Vaccination in Bombay 1863-1868 - 1863-1868
Year: 1863
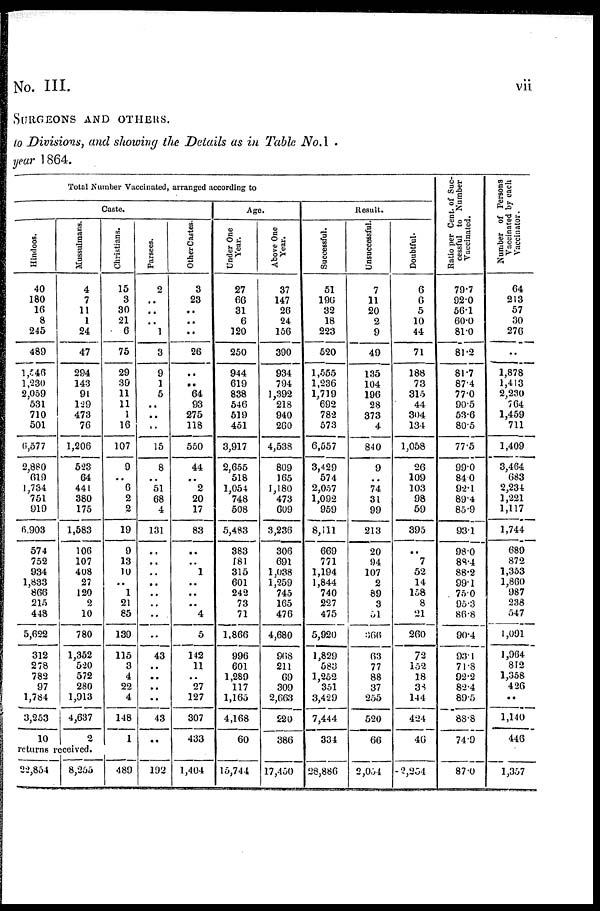
vii
No. III.
SURGEONS AND OTHERS.
to Divisions, and showing the Details as in Table No. 1 .
year 1864.
Total Number Vaccinated, arranged according to
Caste.
Hindoos.
40
180
16
8
245
489
1,546
1,230
2,059
531
710
501
6,577
2,880
619
1,734
751
919
6,903
574
752
934
1,833
866
215
448
5,622
312
278
782
97
1,784
3,253
10
Mussulmans.
4
7
11
1
24
47
294
143
91
129
473
76
1,206
523
64
441
380
175
1,583
106
107
408
27
120
2
10
780
1,352
520
572
280
1,913
4,637
2
returns received.
22,854
8,255
Christians.
15
3
30
21
6
75
29
39
11
11
1
16
107
9
..
6
2
2
19
9
13
10
..
1
21
85
139
115
3
4
22
4
148
1
489
Parsees.
2
..
..
..
1
3
9
1
5
..
..
..
15
8
..
51
68
4
131
..
..
..
..
..
..
..
..
43
..
..
..
..
43
..
192
Other Castes.
3
23
..
..
..
26
..
..
64
93
275
118
550
44
..
2
20
17
83
..
..
1
..
..
..
4
5
142
11
..
27
127
307
433
1,404
Age.
Under One
Year.
27
66
31
6
120
250
944
619
838
546
519
451
3,917
2,655
518
1,054
748
508
5,483
383
181
315
601
242
73
71
1.866
996
601
1,289
117
1,165
4,168
60
15,744
Above One
Year.
37
147
26
24
156
390
934
794
1,392
218
940
260
4,538
809
165
1,180
473
609
3,236
306
691
1,038
1,259
745
165
476
4,680
968
211
69
309
2,663
220
386
17,450
Result.
Successful.
51
196
32
18
223
520
1,555
1,236
1,719
692
782
573
6,557
3,429
574
2,057
1,092
959
8,111
669
771
1,194
1,844
740
227
475
5,920
1,829
583
1,252
351
3,429
7,444
334
28,886
Unsuccessful.
7
11
20
2
9
49
135
104
196
28
373
4
840
9
..
74
31
99
213
20
94
107
2
89
3
51
366
63
77
88
37
255
520
66
2,054
Doubtful.
6
6
5
10
44
71
188
73
315
44
304
134
1,058
26
109
103
98
59
395
..
7
52
14
158
8
21
260
72
152
18
38
144
424
46
2,254
Ratio per Cent. of Suc-
cessful to Number
Vaccinated.
79.7
92.0
56.1
60.0
81.0
81.2
81.7
87.4
77.0
90.5
53.6
80.5
77.5
99.0
84.0
92.1
89.4
85.9
93.1
98.0
88.4
88.2
99.1
75.0
95.3
86.8
90.4
93.1
71.8
92.2
82.4
89.5
88.8
74.9
87.0
Number of Persons
Vaccinated by each
Vaccinator.
64
213
57
30
276
..
1,878
1,413
2,230
764
1,459
711
1,409
3,464
683
2,234
1,221
1,117
1,744
689
872
1,353
1,860
987
238
547
1,091
1,964
812
1,358
426
..
1,140
446
1,357